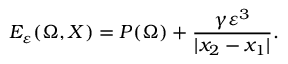
E _ { \varepsilon } ( \Omega , X ) = P ( \Omega ) + \frac { \gamma \varepsilon ^ { 3 } } { | x _ { 2 } - x _ { 1 } | } .